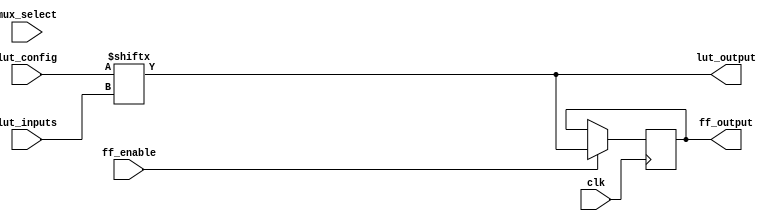
module CLB (
    input wire [3:0] lut_inputs,      // Inputs to the LUT
    input wire [15:0] lut_config,     // Configuration for the LUT (truth table)
    input wire mux_select,            // MUX select signal
    input wire clk,                   // Clock for flip-flops
    input wire ff_enable,             // Enable signal for flip-flops
    output wire lut_output,           // Output from the LUT
    output reg ff_output              // Output from the flip-flop
);

// Look-Up Table (LUT)
assign lut_output = lut_config[lut_inputs]; // LUT functionality based on configuration

// Flip-Flop Logic
always @(posedge clk) begin
    if (ff_enable) begin
        ff_output <= lut_output; // Store LUT output in flip-flop on clock edge
    end
end

endmodule